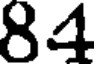
84